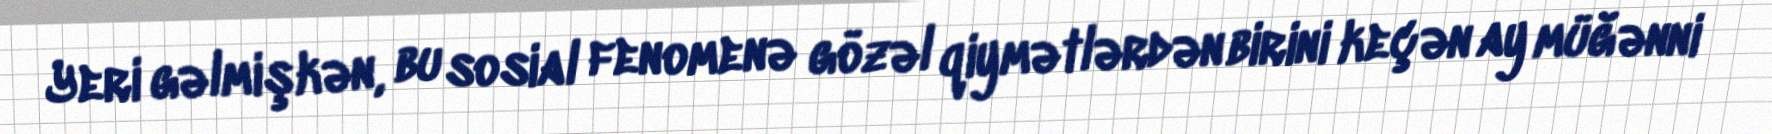
Yeri gəlmişkən, bu sosial fenomenə gözəl qiymətlərdən birini keçən ay müğənni